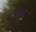
ડાકલા